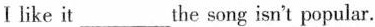
Ⅰlike it the___song isn't popular.